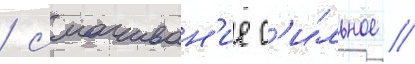
/ смачиван'ие с'и́льное /